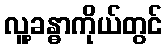
လူ့ခန္ဓာကိုယ်တွင်